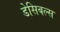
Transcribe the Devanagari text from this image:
डेसिबल्स